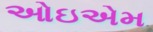
ઓઇએમ